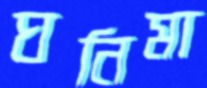
ঘনিমা